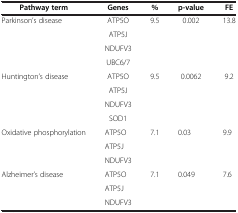
| Pathway term | Genes | % | p-value | FE |
 | --- | --- | --- | --- | --- |
 | Parkinson’s disease | ATP5O | 9.5 | 0.002 | 13.8 |
 |  | ATP5J |  |  |  |
 |  | NDUFV3 |  |  |  |
 |  | UBC6/7 |  |  |  |
 | Huntington’s disease | ATP5O | 9.5 | 0.0062 | 9.2 |
 |  | ATP5J |  |  |  |
 |  | NDUFV3 |  |  |  |
 |  | SOD1 |  |  |  |
 | Oxidative phosphorylation | ATP5O | 7.1 | 0.03 | 9.9 |
 |  | ATP5J |  |  |  |
 |  | NDUFV3 |  |  |  |
 | Alzheimer’s disease | ATP5O | 7.1 | 0.049 | 7.6 |
 |  | ATP5J |  |  |  |
 |  | NDUFV3 |  |  |  |